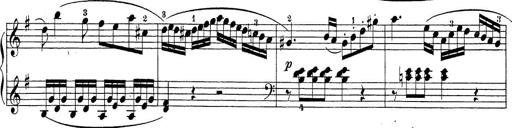
Title: Sonatina Album
Composer: Louis KÃ¶hler